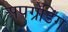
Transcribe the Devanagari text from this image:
अपग्रेडिंग